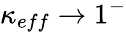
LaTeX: \kappa_{eff}\rightarrow 1^{-}